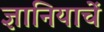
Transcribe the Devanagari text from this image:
ज्ञानियाचें